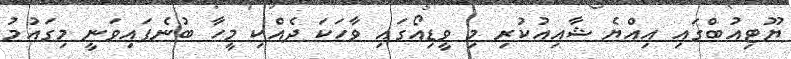
ޔޫޓިއުބްގައި އިއްޔެ ޝާއިއުކުރި މި ވީޑިއޯގައި ވާހަކަ ދެއްކި މީހާ ބުނެފައިވަނީ މިގައުމު